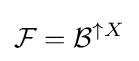
{\mathcal {F}}={\mathcal {B}}^{\uparrow X}